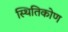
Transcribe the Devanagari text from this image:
स्थितिकोण